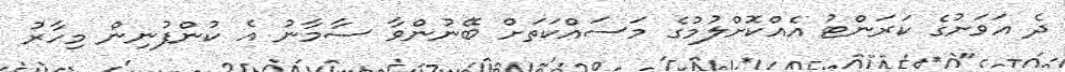
ދެ އަވަށުގެ ކަރަންޓު އެއްކޮށްލުމުގެ މަސައްކަތަށް ބޭނުންވާ ސާމާނު އެ ކުންފުނިން މިހާރު